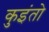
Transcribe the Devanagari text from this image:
कुइंतो